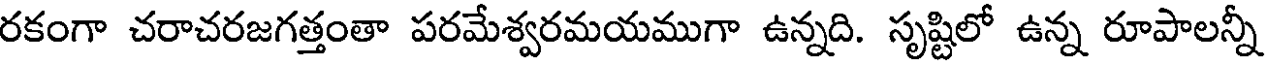
రకంగా చరాచరజగత్తంతా పరమేశ్వరమయముగా ఉన్నది. సృష్టిలో ఉన్న రూపాలన్నీ